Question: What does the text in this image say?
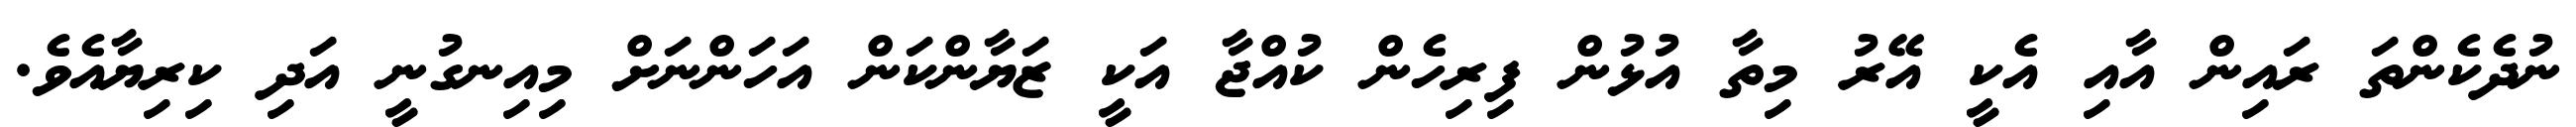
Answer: ނުދެކެންތަ ރައިން އާއި އެކީ އޭރު މިތާ އުޅުން ފިރިހެން ކުއްޖާ އަކީ ޒަޔާންކަން އަހަންނަށް މިއިނގުނީ އަދި ކިރިޔާއެވެ.